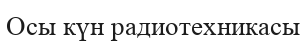
Осы күн радиотехникасы